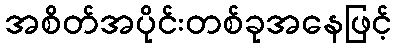
အစိတ်အပိုင်းတစ်ခုအနေဖြင့်